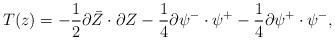
LaTeX: \begin{align*}T (z) = - \frac{1}{2} \partial \bar{Z} \cdot \partial Z - \frac{1}{4} \partial{\psi}^- \cdot \psi^+ - \frac{1}{4} \partial \psi^+ \cdot {\psi}^-,\end{align*}